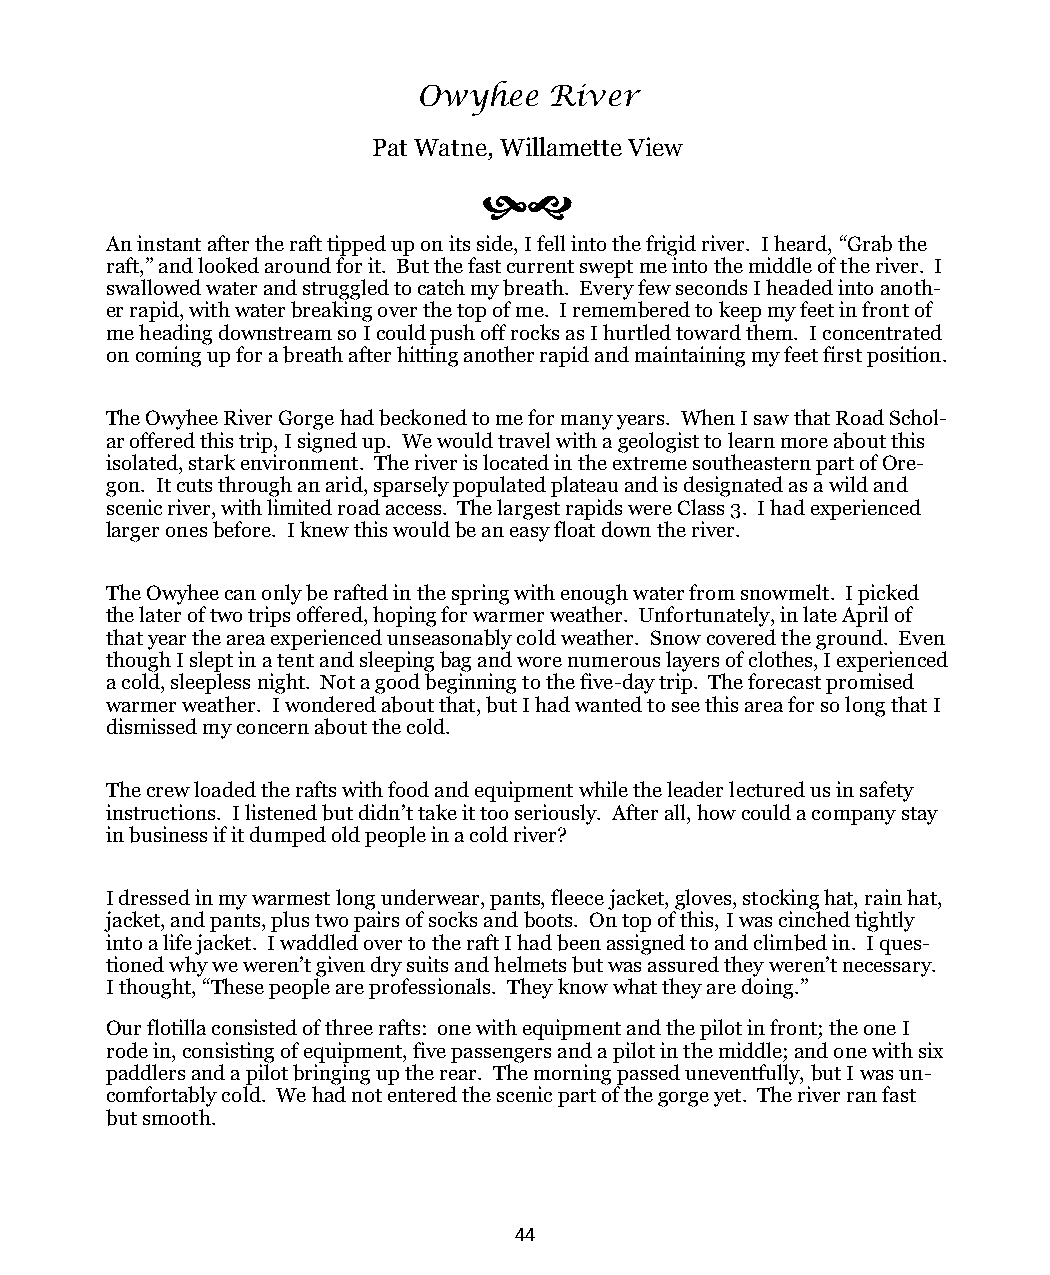
Owyhee  River
 Pat Watne, Willamette View
 
 An instant after the raft tipped up on its side, I fell into the frigid river. I heard, “Grab the
 raft,” and looked around for it. But the fast current swept me into the middle of the river. I
 swallowed water and struggled to catch my breath. Every few seconds I headed into anoth-
 er rapid, with water breaking over the top of me. I remembered to keep my feet in front of
 me heading downstream so I could push off rocks as I hurtled toward them. I concentrated
 on coming up for a breath after hitting another rapid and maintaining my feet first position.
 The Owyhee River Gorge had beckoned to me for many years. When I saw that Road Schol-
 ar offered this trip, I signed up. We would travel with a geologist to learn more about this
 isolated, stark environment. The river is located in the extreme southeastern part of Ore-
 gon. It cuts through an arid, sparsely populated plateau and is designated as a wild and
 scenic river, with limited road access. The largest rapids were Class 3. I had experienced
 larger ones before. I knew this would be an easy float down the river.
 The Owyhee can only be rafted in the spring with enough water from snowmelt. I picked
 the later of two trips offered, hoping for warmer weather. Unfortunately, in late April of
 that year the area experienced unseasonably cold weather. Snow covered the ground. Even
 though I slept in a tent and sleeping bag and wore numerous layers of clothes, I experienced
 a cold, sleepless night. Not a good beginning to the five-day trip. The forecast promised
 warmer weather. I wondered about that, but I had wanted to see this area for so long that I
 dismissed my concern about the cold.
 The crew loaded the rafts with food and equipment while the leader lectured us in safety
 instructions. I listened but didn’t take it too seriously. After all, how could a company stay
 in business if it dumped old people in a cold river?
 I dressed in my warmest long underwear, pants, fleece jacket, gloves, stocking hat, rain hat,
 jacket, and pants, plus two pairs of socks and boots. On top of this, I was cinched tightly
 into a life jacket. I waddled over to the raft I had been assigned to and climbed in. I ques-
 tioned why we weren’t given dry suits and helmets but was assured they weren’t necessary.
 I thought, “These people are professionals. They know what they are doing.”
 Our flotilla consisted of three rafts: one with equipment and the pilot in front; the one I
 rode in, consisting of equipment, five passengers and a pilot in the middle; and one with six
 paddlers and a pilot bringing up the rear. The morning passed uneventfully, but I was un-
 comfortably cold. We had not entered the scenic part of the gorge yet. The river ran fast
 but smooth.
 44